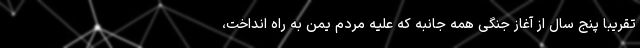
تقریبا پنج سال از آغاز جنگی همه جانبه که علیه مردم یمن به راه انداخت،